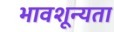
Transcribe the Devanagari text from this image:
भावशून्यता